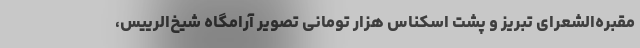
مقبره‌الشعرای تبریز و پشت اسکناس هزار تومانی تصویر آرامگاه شیخ‌الرییس،